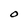
Character: 0